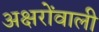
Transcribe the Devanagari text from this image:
अक्षरोंवाली